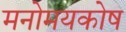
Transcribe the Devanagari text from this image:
मनोमयकोष